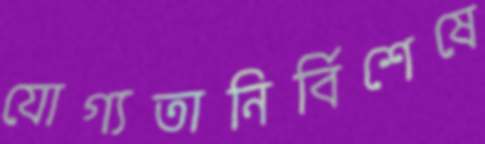
যোগ্যতানির্বিশেষে